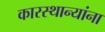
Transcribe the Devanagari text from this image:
कारस्थान्यांना